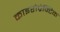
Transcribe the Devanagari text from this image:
काइरोप्रेक्टिक